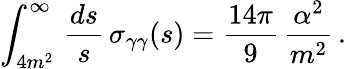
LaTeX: \int_{4m^{2}}^{\infty}\, {\frac{ds}{s}}\, \sigma_{\gamma\gamma}(s)={\frac{14\pi}{9}}\, {\frac{\alpha^{2}}{m^{2}}}\, .